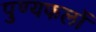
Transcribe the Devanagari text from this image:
पुण्यफलों